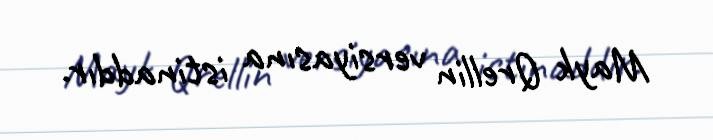
Mayk Qrellin versiyasına istinaddır.